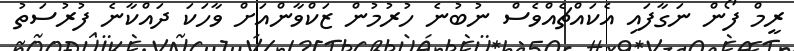
ރީމް ފޯން ނަގާފައި އެކައްޗެއްވެސް ނުބުނެ ހުރުމުން ޒަކްވާންއަށް ވާހަކަ ދައްކާނެ ފުރުސަތު